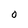
Character: O